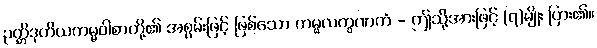
ဉတ္တိဒုတိယကမ္မဝါစာတို့၏ အစွမ်းဖြင့် ဖြစ်သော ကမ္မလက္ခဏကံ - ဤသို့အားဖြင့် (၇)မျိုး ပြား၏။